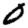
Digit: 0